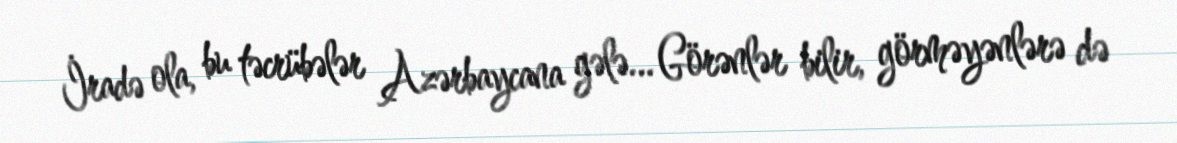
İradə ola, bu təcrübələr Azərbaycana gələ... Görənlər bilir, görməyənlərə də